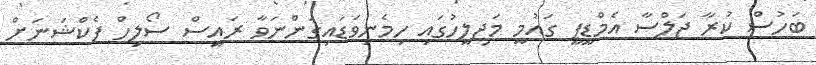
ބަހުސް ކުރާ ޖަލްސާ އެމްޑީޕީ ގައުމީ މަޖިލީހުގައި ހިމެނިވަޑައިގަންނަވާ ރައީސް ސޯލިހް ފެކްޝަނަށް